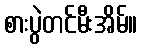
စားပွဲတင်မီးအိမ်။